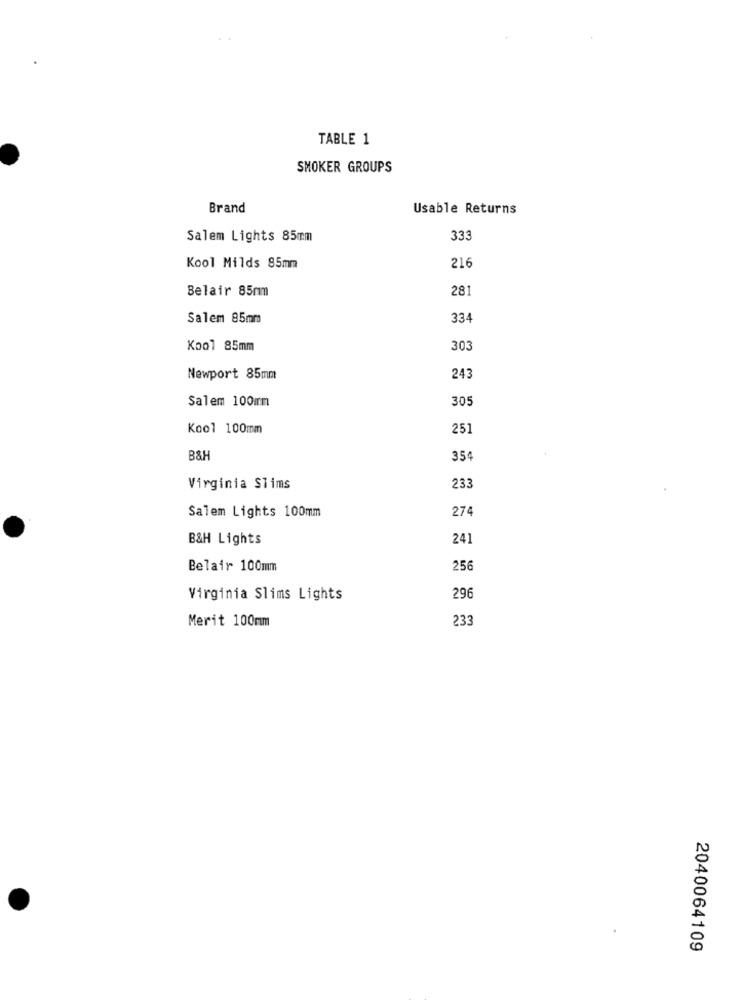
TABLE 1
SMOKER GROUPS
Brand
Usable Returns
Salem Lights 85mm
333
Kool Milds 85mm
216
Belair 85mm
281
Salem 85mm
334
Kool 85mm
303
Newport 85mm
24:
Salem 100mm
305
Kool 100mm
251
B&H
35€
Virginia Slims
233
Salem Lights 100mm
274
B&H Lights
241
Belair 100mm
256
Virginia Slims Lights
296
233
Merit 100mm
2040064109